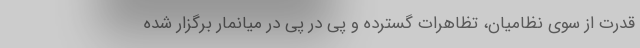
قدرت از سوی نظامیان، تظاهرات گسترده و پی در پی در میانمار برگزار شده